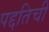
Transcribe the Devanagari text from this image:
पद्दतिची